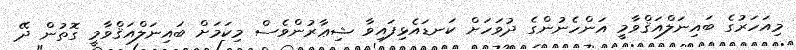
މިއަހަރުގެ ބައިނަލްއަޤްވާމީ އަންހެނުންގެ ދުވަހަށް ކަނޑައެޅިފައިވާ ޝިޢާރުންވެސް މިކަމަށް ބައިނަލްއަޤްވާމީ ގޮތުން ދޭ